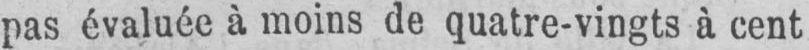
pas évaluée à moins de quatre-vingts à cent